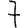
Digit: 7